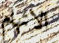
الاتهام